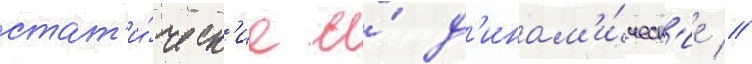
стат'и́ческ'ие и́ д'инам'и́ческ'ие //